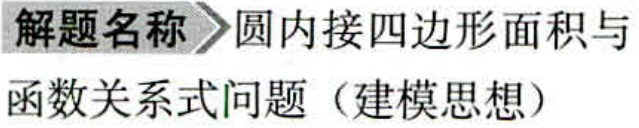
解题名称 \(\rhd\) 圆内接四边形面积与函数关系式问题（建模思想）